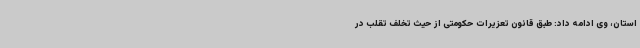
استان، وی ادامه داد: طبق قانون تعزیرات حکومتی از حیث تخلف تقلب در